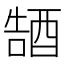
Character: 𮠭